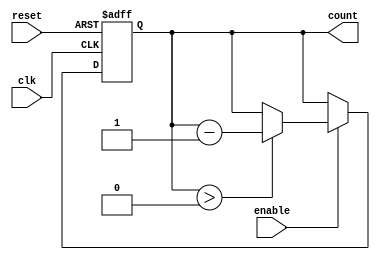
module down_counter (
    input wire clk,          // Clock input
    input wire enable,       // Enable signal
    input wire reset,        // Asynchronous reset signal
    output reg [3:0] count   // 4-bit counter output
);

    // Define maximum count value for a 4-bit counter
    localparam MAX_COUNT = 4'b1111; // 15 in decimal

    // Asynchronous reset and synchronous counting logic
    always @(posedge clk or posedge reset) begin
        if (reset) begin
            count <= MAX_COUNT; // Set count to maximum value on reset
        end else if (enable) begin
            if (count > 0) begin
                count <= count - 1; // Decrement count
            end
        end
        // If enable is low, count retains its value
    end

endmodule